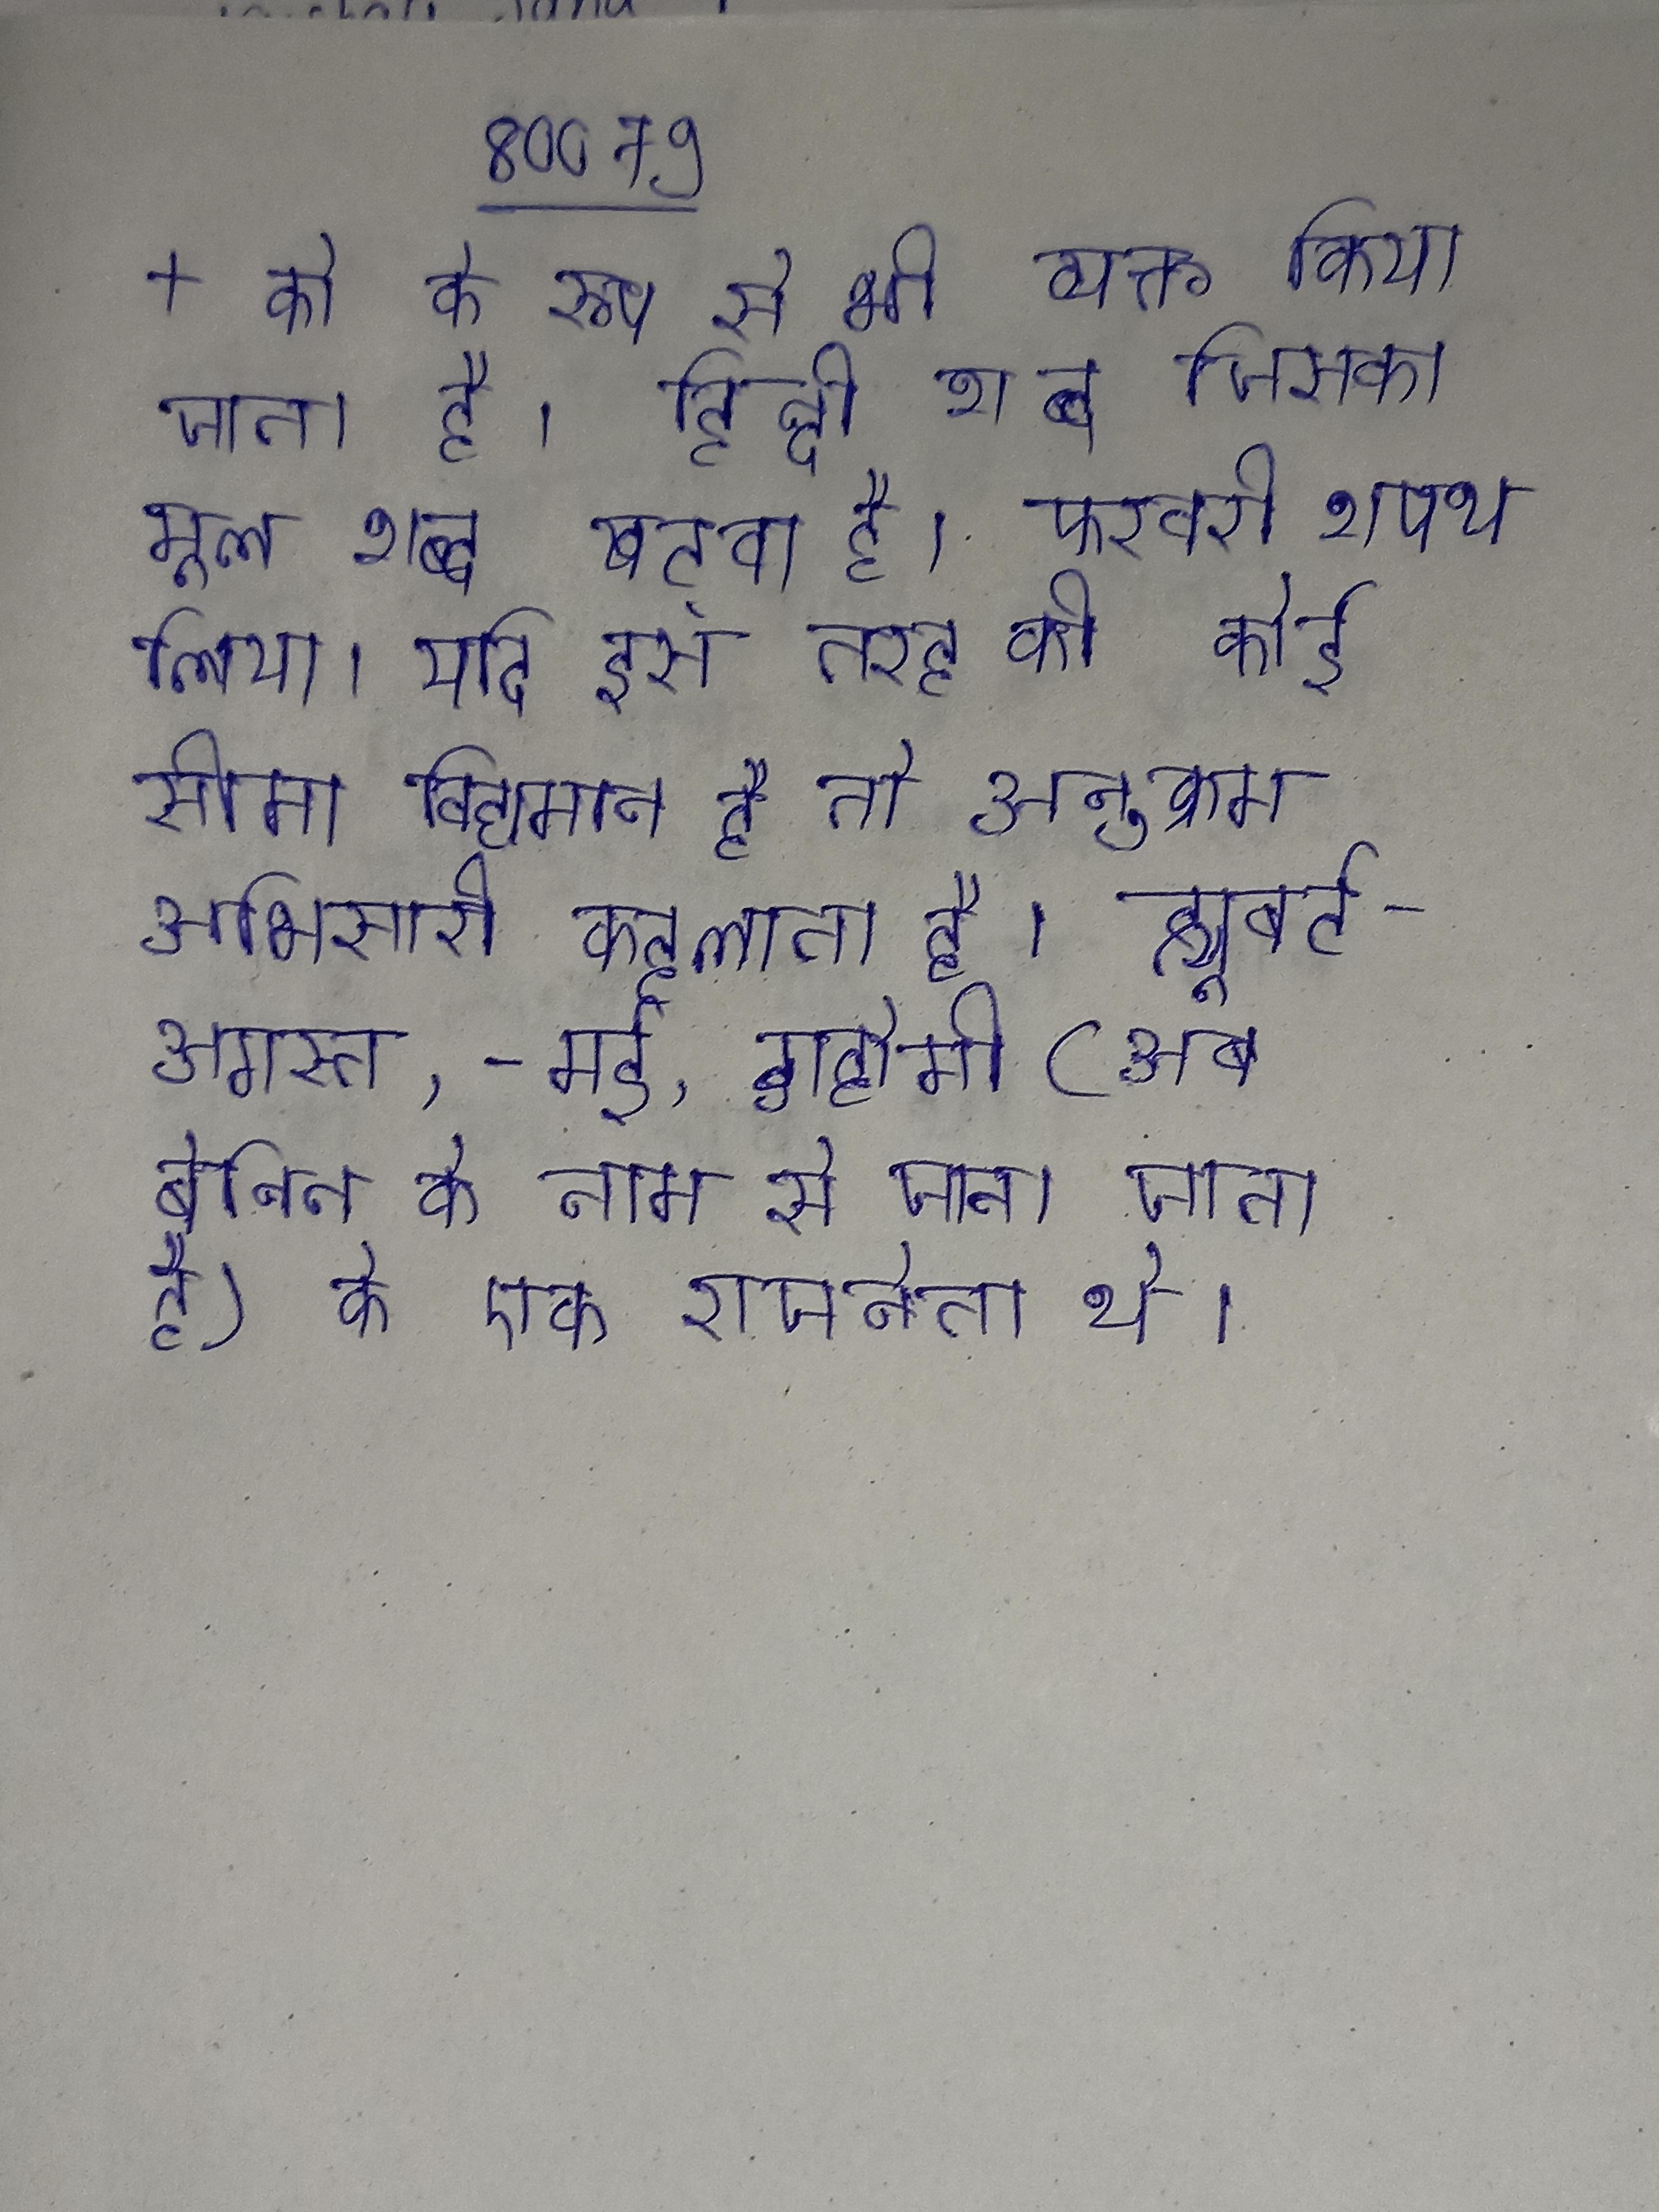
+ को के रूप से भी व्यक्त किया जाता है । हिन्दी शब्द जिसका मूल शब्द खट्वा है । फरवरी शपथ लिया । यदि इस तरह की कोई सीमा विद्यमान है तो अनुक्रम अभिसारी कहलाता है । ह्यूबर्ट अगस्त, - मई, डाहोमी (अब बेनिन के नाम से जाना जाता है) के एक राजनेता थे ।